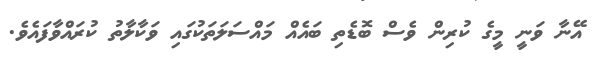
އޭނާ ވަނީ މީގެ ކުރިން ވެސް ބޮޑެތި ބައެއް މައްސަލަތަކުގައި ވަކާލާތު ކުރައްވާފައެވެ.